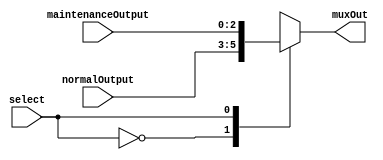
module multiplexerOutput(select, normalOutput, maintenanceOutput, muxOut);

input [0:0] select;		//select line
input [2:0] normalOutput, maintenanceOutput;	//the two options for the mux to choose from

output [2:0] muxOut;	//output

reg [2:0] muxOut;	//reg

parameter normal = 1'b0, maintenance = 1'b1; //states

always@(select or normalOutput or maintenanceOutput)
	begin
		case(select)
			normal:
				begin
				muxOut <= normalOutput;	//set the output to normal mode output
				end
			maintenance:
				begin
				muxOut <= maintenanceOutput;	//set the output to maintenance mode output
				end
		endcase
	end
endmodule